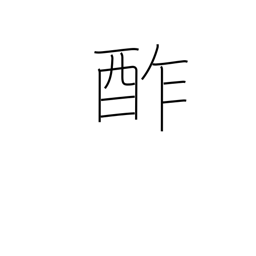
Meaning: sour